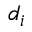
d _ { i }